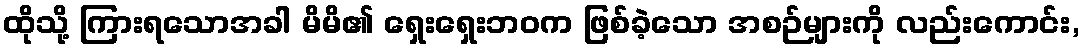
ထိုသို့ ကြားရသောအခါ မိမိ၏ ရှေးရှေးဘဝက ဖြစ်ခဲ့သော အစဉ်များကို လည်းကောင်း,